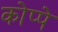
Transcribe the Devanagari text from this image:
कोप्पे